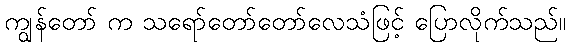
ကျွန်တော် က သရော်တော်တော်လေသံဖြင့် ပြောလိုက်သည်။